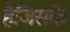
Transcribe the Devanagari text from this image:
हैजिसके